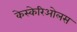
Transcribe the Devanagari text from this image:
केस्केरिओलस